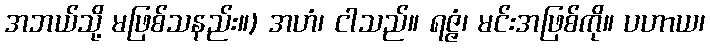
အဘယ်သို့ မဖြစ်သနည်း။) အဟံ၊ ငါသည်။ ရဇ္ဇံ၊ မင်းအဖြစ်ကို။ ပဟာယ၊